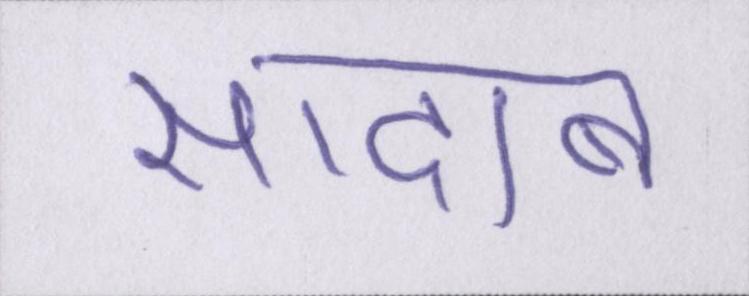
सादाब